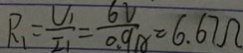
R _ { 1 } = \frac { U _ { 1 } } { I _ { 1 } } = \frac { 6 V } { 0 . 9 A } = 6 . 6 7 \Omega